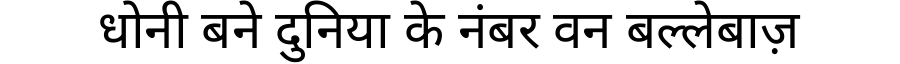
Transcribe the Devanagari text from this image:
धोनी बने दुनिया के नंबर वन बल्लेबाज़